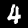
Digit: 4